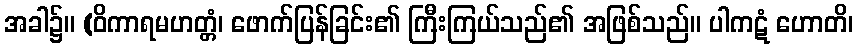
အခါ၌။ (ဝိကာရမဟတ္တံ၊ ဖောက်ပြန်ခြင်း၏ ကြီးကြယ်သည်၏ အဖြစ်သည်။ ပါကဋံ ဟောတိ၊